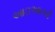
આઇઆરવી